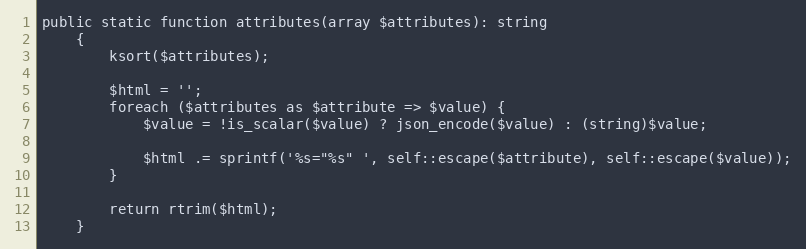
Language: PHP
public static function attributes(array $attributes): string
    {
        ksort($attributes);

        $html = '';
        foreach ($attributes as $attribute => $value) {
            $value = !is_scalar($value) ? json_encode($value) : (string)$value;

            $html .= sprintf('%s="%s" ', self::escape($attribute), self::escape($value));
        }

        return rtrim($html);
    }